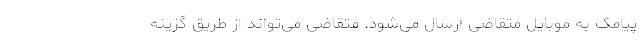
پیامک به موبایل متقاضی ارسال می‌شود. متقاضی می‌تواند از طریق گزینه